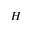
\cal H